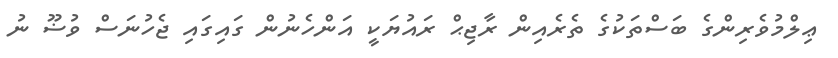
ޢިލްމުވެރިންގެ ބަސްތަކުގެ ތެރެއިން ރާޖިޙް ރައުޔަކީ އަންހެނުން ގައިގައި ޖެހުނަސް ވުޟޫ ނު